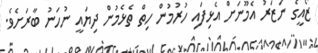
ޒޯއީގެ ނަޒަރު އެމޫނަށް އެޅިފައި ހުރުމުން ހިތް ތެޅެމުން ދިޔައީ ނުހަނު ބާރަށެވެ.